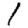
Digit: 1